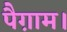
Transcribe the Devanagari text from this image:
पैग़ाम।